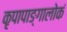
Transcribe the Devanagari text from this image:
कृपापाङ्गालोकं